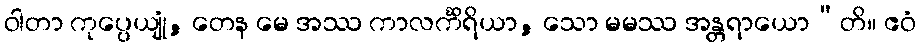
ဝါတာ ကုပ္ပေယျုံ, တေန မေ အဿ ကာလင်္ကိရိယာ, သော မမဿ အန္တရာယော”တိ။ ဧဝံ